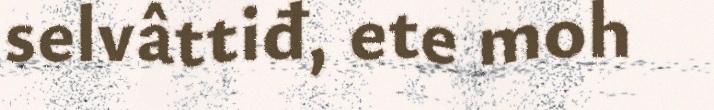
selvâttiđ, ete moh